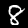
Digit: 8